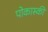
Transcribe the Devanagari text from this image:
पोकास्की